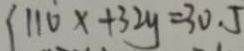
1 1 0 x + 3 2 y = 3 0 . 5